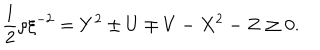
LaTeX: \frac { 1 } { 2 } \rho \xi ^ { - 2 } = Y ^ { 2 } \pm U \mp V - X ^ { 2 } - Z \geq 0 .